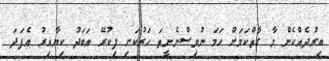
ބިރުދެއްކެން މާ ގާތްކަމަށް ހަމަ ނުވިސްނެނީތަ ހަރުކަށި ފިކުރޭ އަބަދު ކިޔާއިރު އެފަދަ